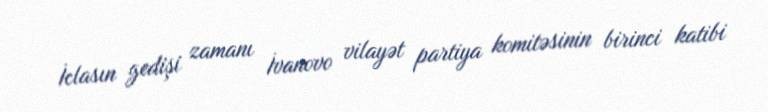
İclasın gedişi zamanı İvanovo vilayət partiya komitəsinin birinci katibi